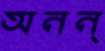
অনন্